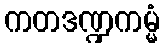
ကတဒဏ္ဍကမ္မံ